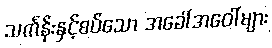
သင်္ကန်းနှင့်စပ်သော အခေါ်အဝေါ်များ